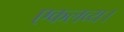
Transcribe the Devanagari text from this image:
एकलव्य।